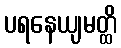
ပရနေယျမတ္ထိ